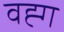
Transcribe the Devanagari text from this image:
वह्ग